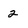
Character: 2